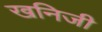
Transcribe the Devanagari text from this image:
खनिजी